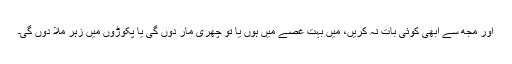
اور مجھ سے ابھی کوئی بات نہ کریں، میں بہت غصے میں ہوں یا تو چھری مار دوں گی یا پکوڑوں میں زہر ملا دوں گی۔